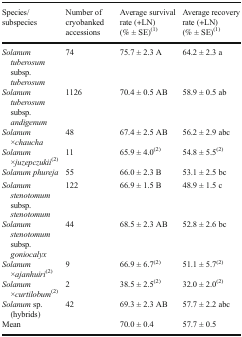
| Species/subspecies | Number of cryobanked accessions | Average survival rate (+LN) (% ± SE)(1) | Average recovery rate (+LN) (% ± SE)(1) |
 | --- | --- | --- | --- |
 | Solanum tuberosum subsp. tuberosum | 74 | 75.7 ± 2.3 A | 64.2 ± 2.3 a |
 | Solanum tuberosum subsp. andigenum | 1126 | 70.4 ± 0.5 AB | 58.9 ± 0.5 ab |
 | Solanum ×chaucha | 48 | 67.4 ± 2.5 AB | 56.2 ± 2.9 abc |
 | Solanum ×juzepczukii(2) | 11 | 65.9 ± 4.0(2) | 54.8 ± 5.5(2) |
 | Solanum phureja | 55 | 66.0 ± 2.3 B | 53.1 ± 2.5 bc |
 | Solanum stenotomum subsp. stenotomum | 122 | 66.9 ± 1.5 B | 48.9 ± 1.5 c |
 | Solanum stenotomum subsp. goniocalyx | 44 | 68.5 ± 2.3 AB | 52.8 ± 2.6 bc |
 | Solanum ×ajanhuiri(2) | 9 | 66.9 ± 6.7(2) | 51.1 ± 5.7(2) |
 | Solanum ×curtilobum(2) | 2 | 38.5 ± 2.5(2) | 32.0 ± 2.0(2) |
 | Solanum sp. (hybrids) | 42 | 69.3 ± 2.3 AB | 57.7 ± 2.2 abc |
 | Mean |  | 70.0 ± 0.4 | 57.7 ± 0.5 |